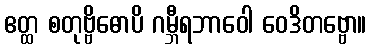
ဧတ္ထ စတုဗ္ဗိဓောပိ ဂမ္ဘီရဘာဝေါ ဝေဒိတဗ္ဗော။